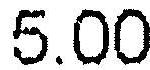
5.00